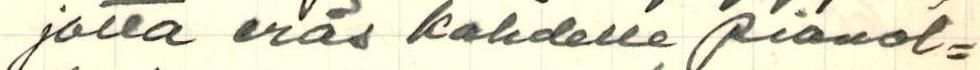
jolla eräs kahdelle pianol=